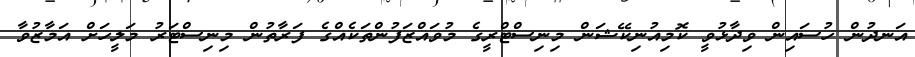
އަނދުން ހުސައިން ވިދާޅުވީ ކޮމިއުނިކޭޝަން މިނިސްޓްރީގެ މުވައްޒަފުންތަކެއްގެ ފަރާތުން މިނިސްޓަރު މަލީހަށް އަމާޒުވާ